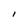
Character: l